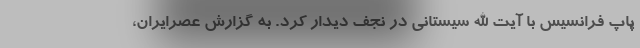
پاپ فرانسیس با آیت الله سیستانی در نجف دیدار کرد. به گزارش عصرایران،